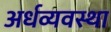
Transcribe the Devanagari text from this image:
अर्धव्यवस्था